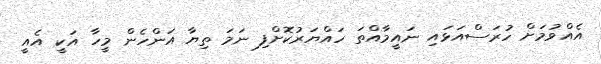
އެއްވުމަށް ހުރަސްއަޅައި ނައީމާއްތަ ހައްޔަރުކޮށްފި ނަމަ ތިޔާ އަންހެން މީހާ އަކީ އެއީ